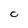
Character: C